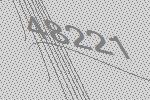
48221